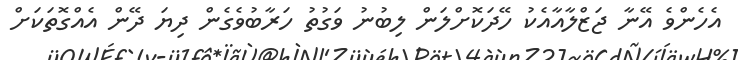
އެހެންވެ އޭނާ ޖަޒްލާއާއެކު ހޭދަކޮށްލަން ލިބުނު ވަގުތު ހަރާބުވެގެން ދިޔަ ދޭން އެއްގޮތަކަށް